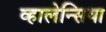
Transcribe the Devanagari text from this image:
व्हालेन्सिया